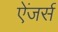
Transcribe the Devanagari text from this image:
ऐंजर्स